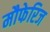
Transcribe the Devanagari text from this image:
मौफेरिज